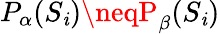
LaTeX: P_{\alpha}(S_{\mathit{i}})\neqP_{\beta}(S_{\mathit{i}})